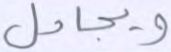
ويجادل